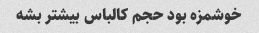
خوشمزه بود حجم کالباس بیشتر بشه